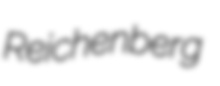
Reichenberg